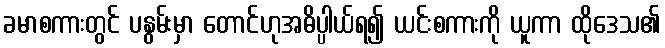
ခမာစကားတွင် ပနွမ်းမှာ တောင်ဟုအဓိပ္ပါယ်ရ၍ ယင်းစကားကို ယူကာ ထိုဒေသ၏